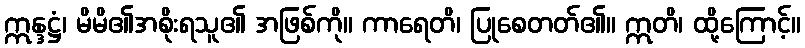
ဣန္ဒဋ္ဌံ၊ မိမိ၏အစိုးရသူ၏ အဖြစ်ကို။ ကာရေတိ၊ ပြုစေတတ်၏။ ဣတိ၊ ထို့ကြောင့်။